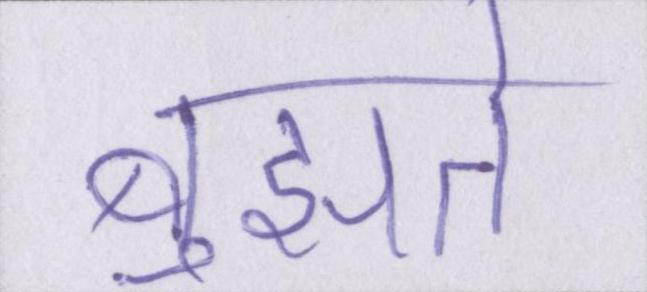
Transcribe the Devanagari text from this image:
बुझते